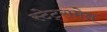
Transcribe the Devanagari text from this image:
स्‍टेट्समेन